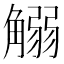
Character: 䚥